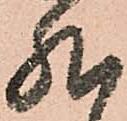
然